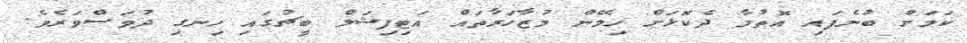
ކަމަށް ބުނެފައި އޮތުމާ ދެކޮޅަށް ހިމޭން މުޒާހަރާތައް އަޓިފިޝަލް ބީޗުގައި ހިނގި ދުވަސްވަރެވެ.